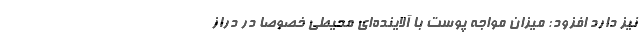
نیز دارد افزود: میزان مواجه پوست با آلاینده‌ای محیطی خصوصاً در دراز